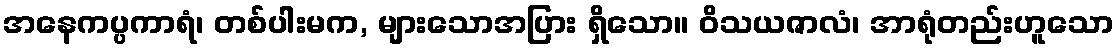
အနေကပ္ပကာရံ၊ တစ်ပါးမက, များသောအပြား ရှိသော။ ဝိသယဇာလံ၊ အာရုံတည်းဟူသော